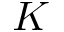
K